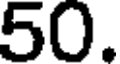
50.